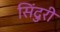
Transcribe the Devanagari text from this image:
सिंदुरी